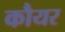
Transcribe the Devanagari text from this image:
कौयर